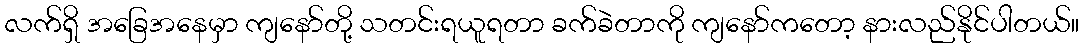
လက်ရှိ အခြေအနေမှာ ကျနော်တို့ သတင်းရယူရတာ ခက်ခဲတာကို ကျနော်ကတော့ နားလည်နိုင်ပါတယ်။